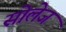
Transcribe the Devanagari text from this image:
सोलेज